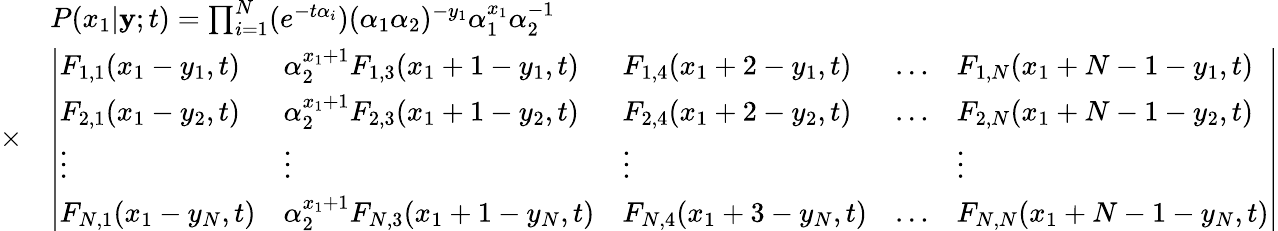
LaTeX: \begin{array}{rl}&{P(x_{1}|\mathbf{y};t)=\prod_{i=1}^{N}(e^{-t\alpha_{i}})(\alpha_{1}\alpha_{2})^{-y_{1}}\alpha_{1}^{x_{1}}\alpha_{2}^{-1}}\\ {\times}&{\left|\begin{array}{lllll}{F_{1,1}(x_{1}-y_{1},t)}&{\alpha_{2}^{x_{1}+1}F_{1,3}(x_{1}+1-y_{1},t)}&{F_{1,4}(x_{1}+2-y_{1},t)}&{\ldots}&{F_{1,N}(x_{1}+N-1-y_{1},t)}\\ {F_{2,1}(x_{1}-y_{2},t)}&{\alpha_{2}^{x_{1}+1}F_{2,3}(x_{1}+1-y_{2},t)}&{F_{2,4}(x_{1}+2-y_{2},t)}&{\ldots}&{F_{2,N}(x_{1}+N-1-y_{2},t)}\\ {\vdots}&{\vdots}&{\vdots}&&{\vdots}\\ {F_{N,1}(x_{1}-y_{N},t)}&{\alpha_{2}^{x_{1}+1}F_{N,3}(x_{1}+1-y_{N},t)}&{F_{N,4}(x_{1}+3-y_{N},t)}&{\ldots}&{F_{N,N}(x_{1}+N-1-y_{N},t)}\end{array}\right|}\end{array}